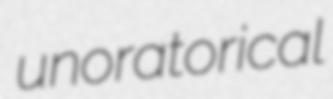
unoratorical